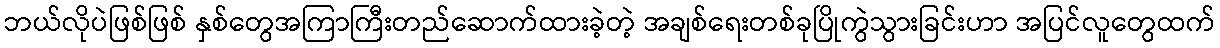
ဘယ်လိုပဲဖြစ်ဖြစ် နှစ်တွေအကြာကြီးတည်ဆောက်ထားခဲ့တဲ့ အချစ်ရေးတစ်ခုပြိုကွဲသွားခြင်းဟာ အပြင်လူတွေထက်